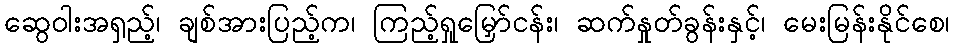
ဆွေဝါးအရှည့်၊ ချစ်အားပြည့်က၊ ကြည့်ရှုမြှော်ငန်း၊ ဆက်နှုတ်ခွန်းနှင့်၊ မေးမြန်းနိုင်စေ၊